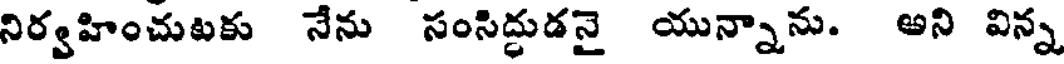
నిర్వహించుటకు నేను సంసిద్దుడనై యున్నాను. అని విన్న